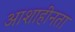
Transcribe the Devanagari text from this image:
आशाहीनता